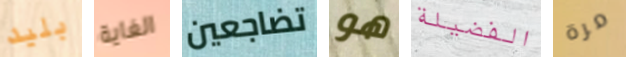
بليد الغاية تضاجعين هو الفضيلة مرة